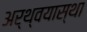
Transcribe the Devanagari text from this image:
अर्थ्वयास्था